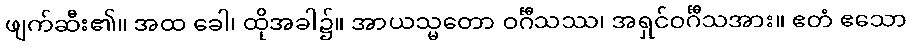
ဖျက်ဆီး၏။ အထ ခေါ၊ ထိုအခါ၌။ အာယသ္မတော ဝင်္ဂီသဿ၊ အရှင်ဝင်္ဂီသအား။ ဧတံ ဧသော